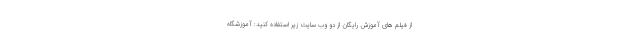
از فیلم های آموزش رایگان از دو وب سایت زیر استفاده کنید: آموزشگاه